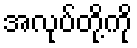
အလုပ်တို့ကို